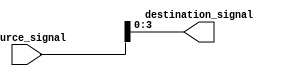
module bit_select_assignment (
    input [7:0] source_signal,
    output [3:0] destination_signal
);

assign destination_signal = source_signal[3:0]; // Assigning bits 3 to 0 from source_signal to destination_signal

endmodule